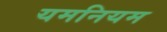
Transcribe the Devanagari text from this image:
यमनियम